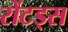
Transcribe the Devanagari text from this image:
रोंटड्स